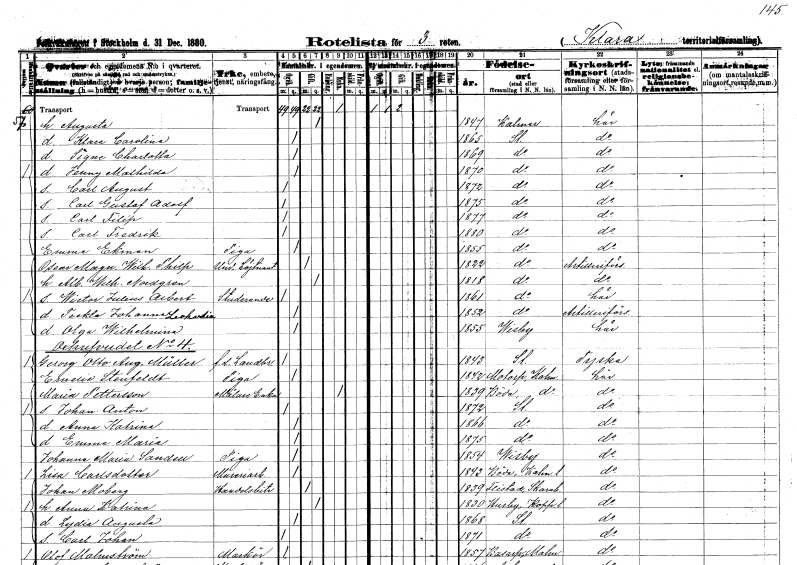
gt_parse: households: individuals: FN: Augusta
KON: K
CIV: G
FODAR: 1847
FODFORS: Kalmar Kalmar län
FN: Klara Carolina
KON: K
CIV: O
FODAR: 1865
FODFORS: Stockholm
FN: Signe Charlotta
KON: K
CIV: O
FODAR: 1869
FODFORS: Stockholm
FN: Jenny Mathilda
KON: K
CIV: O
FODAR: 1870
FODFORS: Stockholm
FN: Carl August
KON: M
CIV: O
FODAR: 1872
FODFORS: Stockholm
FN: Carl Gustaf Adolf
KON: M
CIV: O
FODAR: 1875
FODFORS: Stockholm
FN: Carl Filip
KON: M
CIV: O
FODAR: 1877
FODFORS: Stockholm
FN: Carl Fredrik
KON: M
CIV: O
FODAR: 1880
FODFORS: Stockholm
FN: Emma
EN: Ekman
YRKE: Piga
KON: K
CIV: O
FODAR: 1855
FODFORS: Stockholm
FN: Oscar Magnus Wilhelm
EN: Philp
YRKE: Underlöjtnant
KON: M
CIV: G
FODAR: 1822
FODFORS: Stockholm
FN: Albertina Wilhelmina
EN: Nordgren
KON: K
CIV: G
FODAR: 1818
FODFORS: Stockholm
FN: Wictor Julius Albert
YRKE: Studerande
KON: M
CIV: O
FODAR: 1861
FODFORS: Stockholm
FN: Teckla Johanna Leokardia??
KON: K
CIV: O
FODAR: 1852
FODFORS: Stockholm
FN: Olga Wilhelmina
KON: K
CIV: O
FODAR: 1855
FODFORS: Visby Gotlands län
FN: Georg Otto August
EN: Müller
YRKE: Lantbrukare f.d.
KON: M
CIV: O
FODAR: 1843
FODFORS: Stockholm
FN: Emelie
EN: Stenfeldt
YRKE: Piga
KON: K
CIV: O
FODAR: 1842
FODFORS: Mortorp Kalmar län
FN: Maria
EN: Pettersson
YRKE: Målareänka
KON: K
CIV: E
FODAR: 1839
FODFORS: Böda Kalmar län
FN: Johan Anton
KON: M
CIV: O
FODAR: 1872
FODFORS: Stockholm
FN: Anna Katrina
KON: K
CIV: O
FODAR: 1866
FODFORS: Stockholm
FN: Emma Maria
KON: K
CIV: O
FODAR: 1875
FODFORS: Stockholm
FN: Johanna Maria
EN: Sandell
YRKE: Piga
KON: K
CIV: O
FODAR: 1854
FODFORS: Visby Gotlands län
FN: Lisa
EN: Carlsdotter
YRKE: Mureriarbetare
KON: K
CIV: O
FODAR: 1843
FODFORS: Böda Kalmar län
FN: Johan
EN: Moberg
YRKE: Handelsbiträde
KON: M
CIV: G
FODAR: 1839
FODFORS: Flistad Skaraborgs län
FN: Anna Katrina
KON: K
CIV: G
FODAR: 1830
FODFORS: Husby Kopparbergs län
FN: Lydia Augusta
KON: K
CIV: O
FODAR: 1868
FODFORS: Stockholm
FN: Carl Johan
KON: M
CIV: O
FODAR: 1871
FODFORS: Stockholm
FN: Olof
EN: Malmström
YRKE: Markör
KON: M
CIV: O
FODAR: 1857
FODFORS: Bosarp Malmöhus län